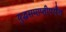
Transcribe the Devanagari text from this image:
युद्धसमाप्तीपर्यंत